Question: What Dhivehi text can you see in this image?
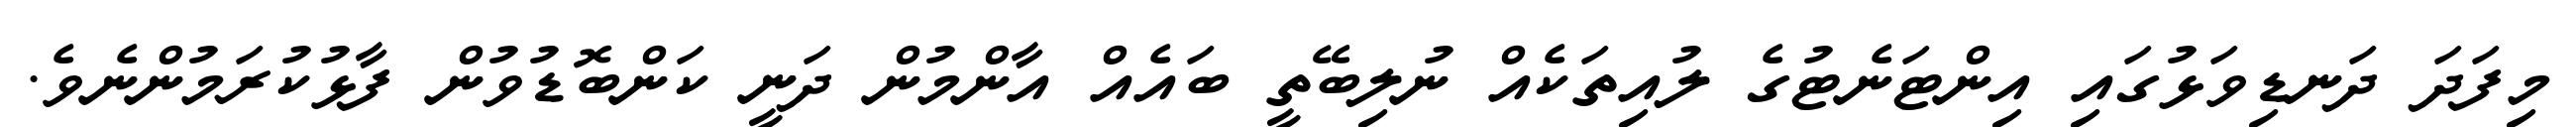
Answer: މިފަދަ ދަނޑިވަޅުގައި އިންޓަނެޓުގެ ލުއިތަކެއް ނުލިބޭތީ ބައެއް އާންމުން ދަނީ ކަންބޮޑުވުން ފާޅުކުރަމުންނެވެ.